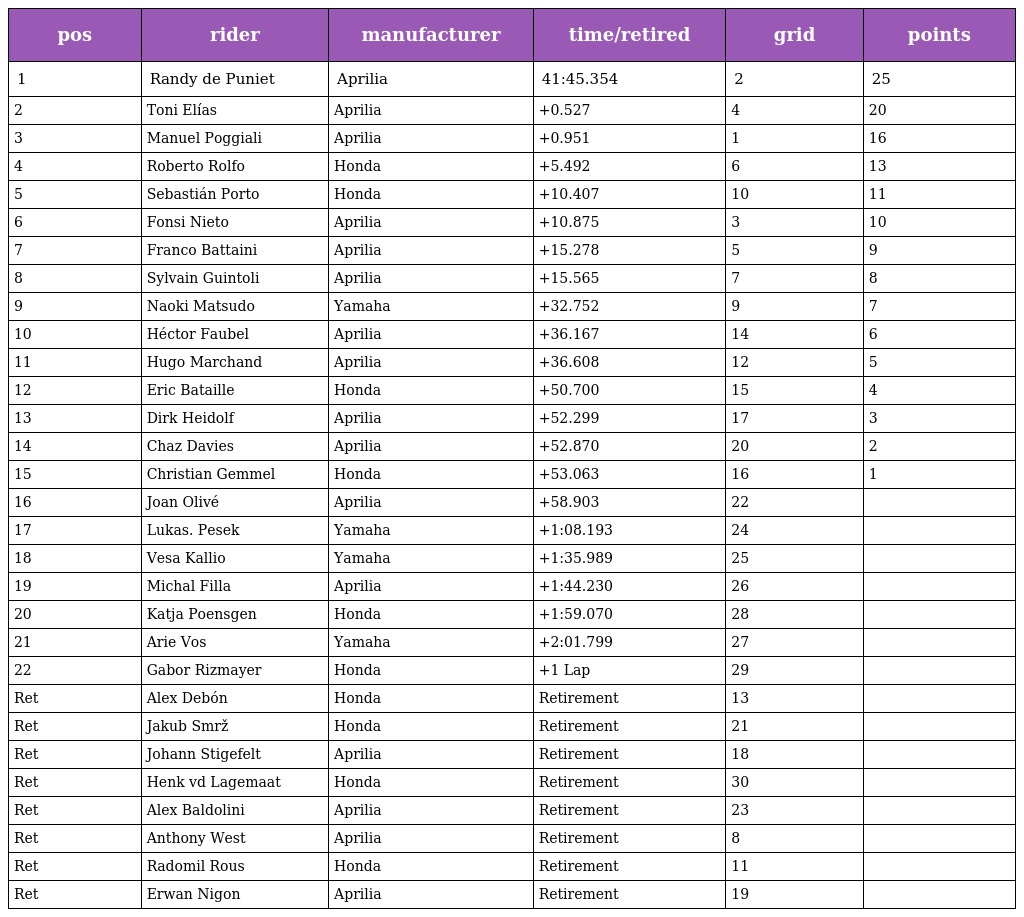
| pos | rider | manufacturer | time/retired | grid | points |
 | --- | --- | --- | --- | --- | --- |
 | 1 | Randy de Puniet | Aprilia | 41:45.354 | 2 | 25 |
 | 2 | Toni Elías | Aprilia | +0.527 | 4 | 20 |
 | 3 | Manuel Poggiali | Aprilia | +0.951 | 1 | 16 |
 | 4 | Roberto Rolfo | Honda | +5.492 | 6 | 13 |
 | 5 | Sebastián Porto | Honda | +10.407 | 10 | 11 |
 | 6 | Fonsi Nieto | Aprilia | +10.875 | 3 | 10 |
 | 7 | Franco Battaini | Aprilia | +15.278 | 5 | 9 |
 | 8 | Sylvain Guintoli | Aprilia | +15.565 | 7 | 8 |
 | 9 | Naoki Matsudo | Yamaha | +32.752 | 9 | 7 |
 | 10 | Héctor Faubel | Aprilia | +36.167 | 14 | 6 |
 | 11 | Hugo Marchand | Aprilia | +36.608 | 12 | 5 |
 | 12 | Eric Bataille | Honda | +50.700 | 15 | 4 |
 | 13 | Dirk Heidolf | Aprilia | +52.299 | 17 | 3 |
 | 14 | Chaz Davies | Aprilia | +52.870 | 20 | 2 |
 | 15 | Christian Gemmel | Honda | +53.063 | 16 | 1 |
 | 16 | Joan Olivé | Aprilia | +58.903 | 22 |  |
 | 17 | Lukas. Pesek | Yamaha | +1:08.193 | 24 |  |
 | 18 | Vesa Kallio | Yamaha | +1:35.989 | 25 |  |
 | 19 | Michal Filla | Aprilia | +1:44.230 | 26 |  |
 | 20 | Katja Poensgen | Honda | +1:59.070 | 28 |  |
 | 21 | Arie Vos | Yamaha | +2:01.799 | 27 |  |
 | 22 | Gabor Rizmayer | Honda | +1 Lap | 29 |  |
 | Ret | Alex Debón | Honda | Retirement | 13 |  |
 | Ret | Jakub Smrž | Honda | Retirement | 21 |  |
 | Ret | Johann Stigefelt | Aprilia | Retirement | 18 |  |
 | Ret | Henk vd Lagemaat | Honda | Retirement | 30 |  |
 | Ret | Alex Baldolini | Aprilia | Retirement | 23 |  |
 | Ret | Anthony West | Aprilia | Retirement | 8 |  |
 | Ret | Radomil Rous | Honda | Retirement | 11 |  |
 | Ret | Erwan Nigon | Aprilia | Retirement | 19 |  |